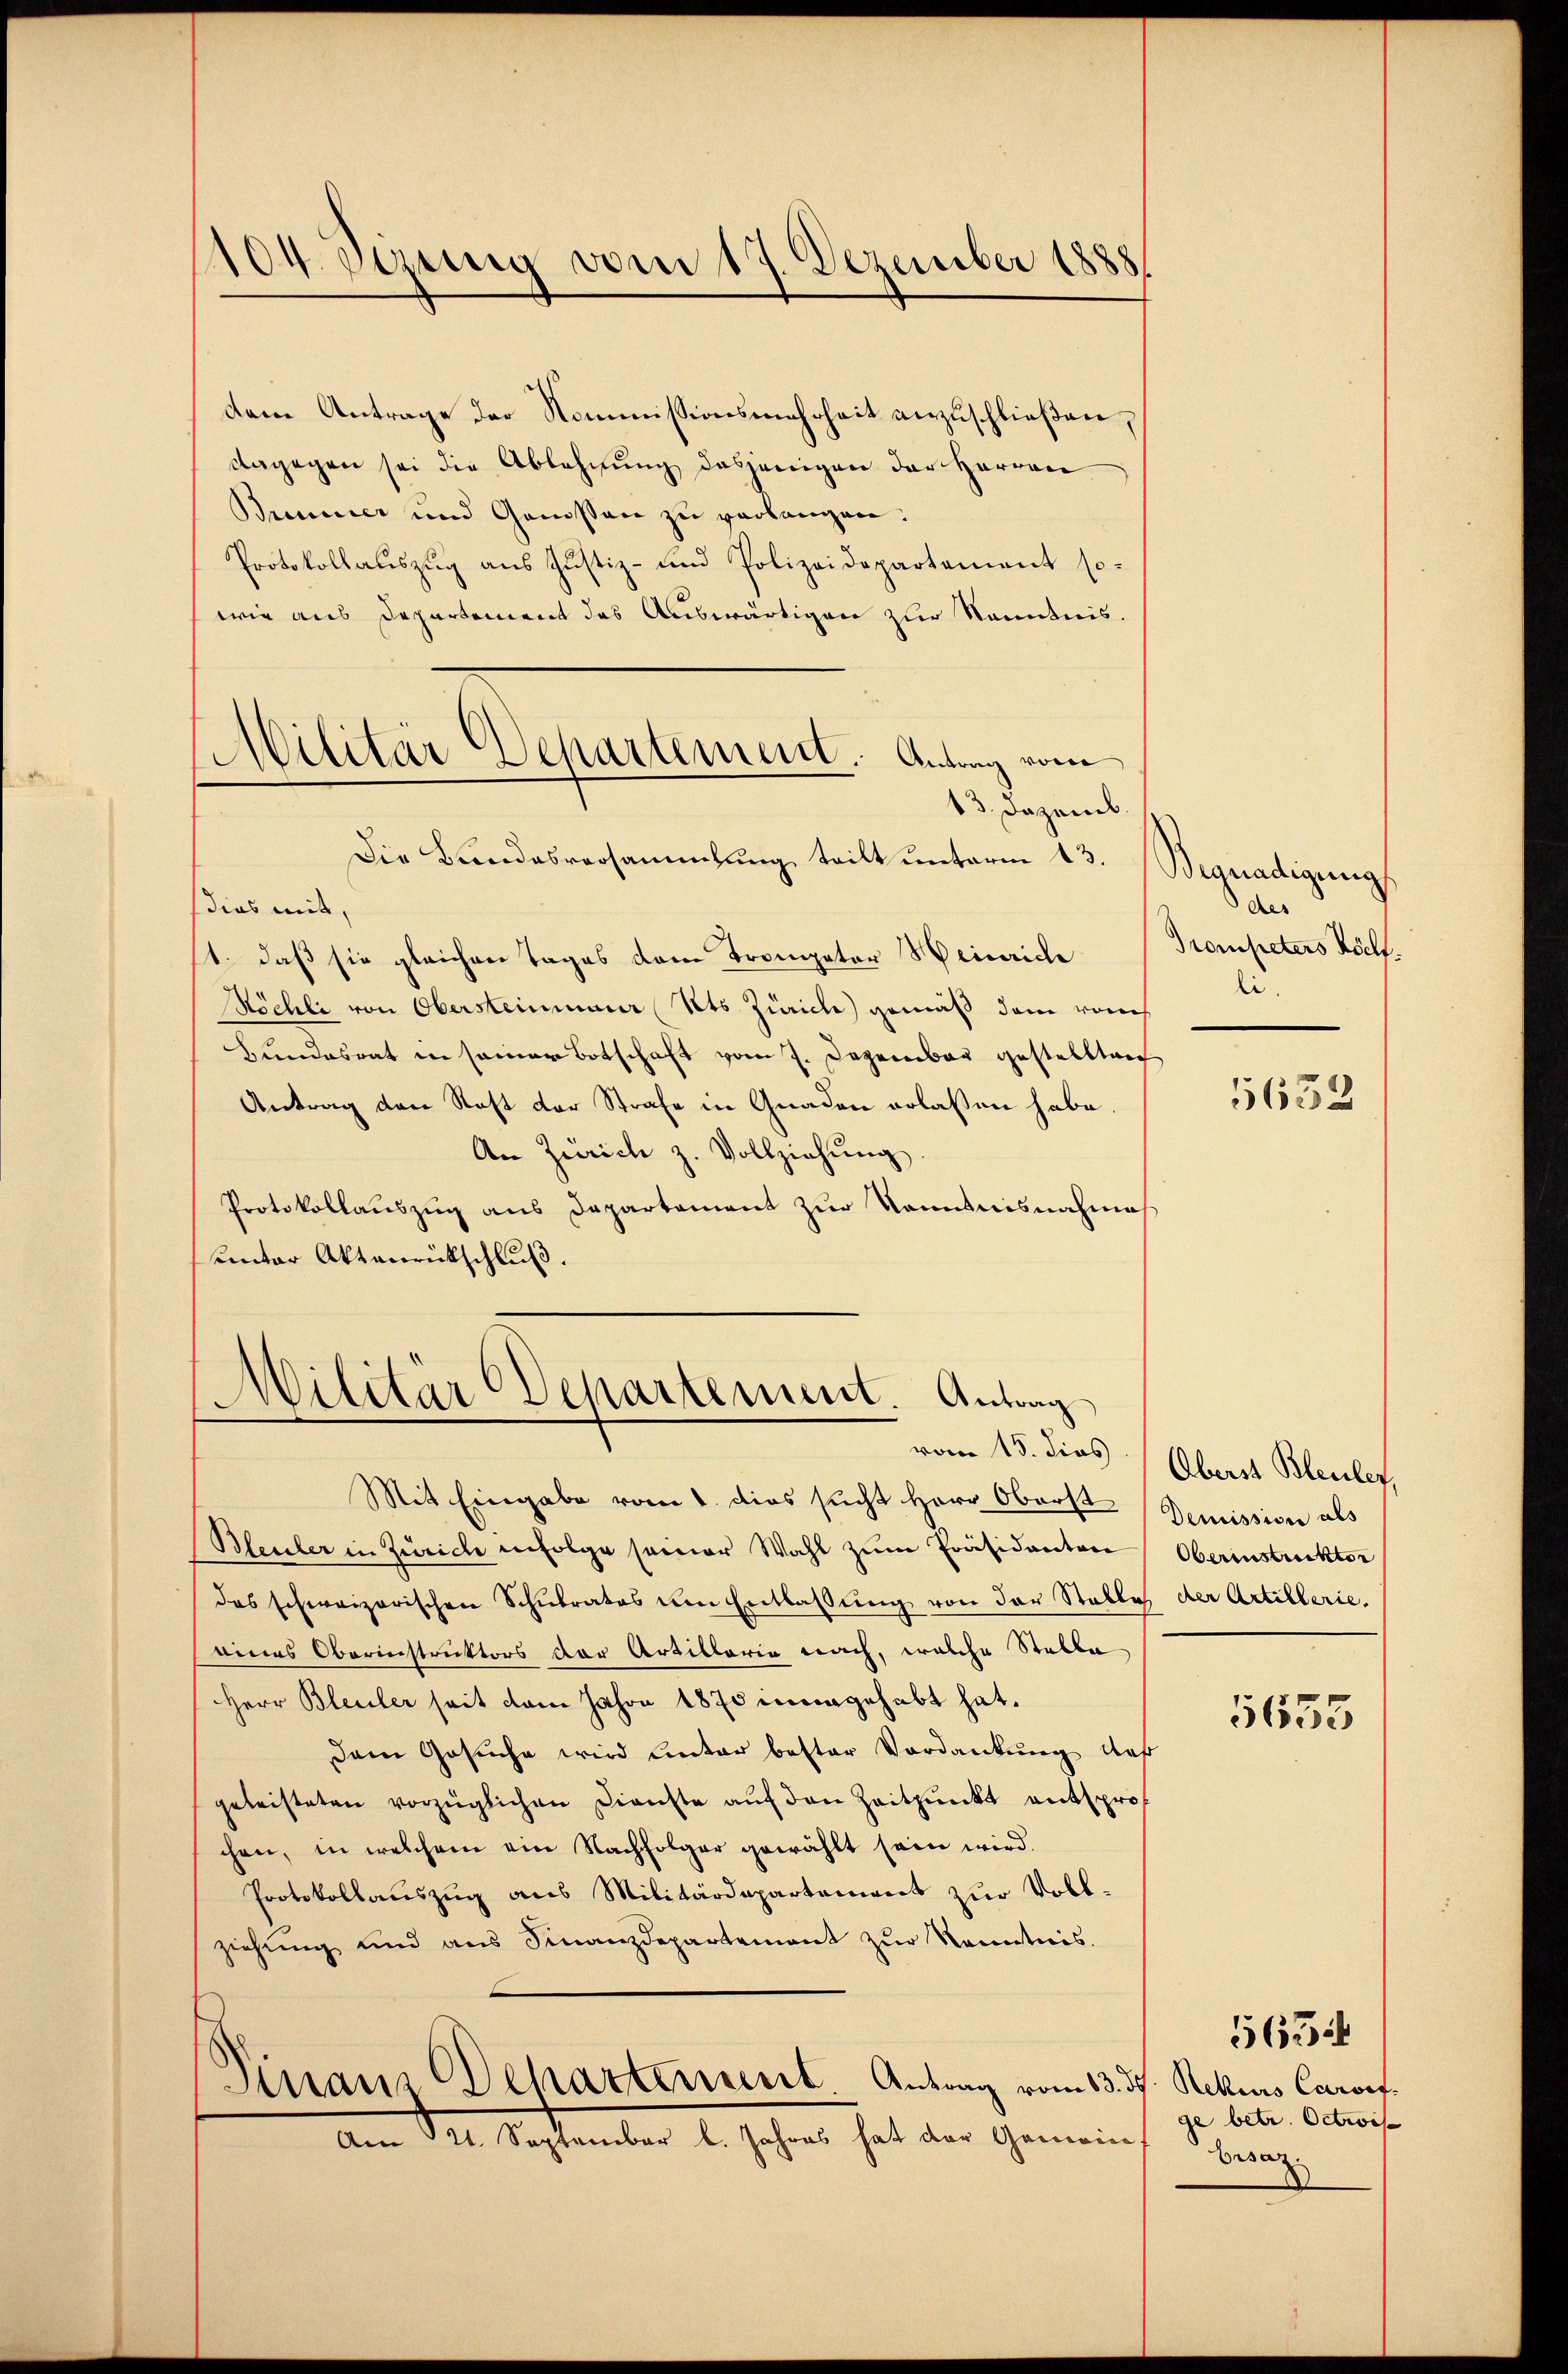
1104. Sizung vom 17. Dezember 1888.

dem Antrage der Kommissionsmehrheit anzuschließen,
dagegen sei die Ablehnung dasjenigen der Herren
Brenner und Genossen zu verlangen.
Protokollauszug aus Justiz- und Polizeidepartement so-
wie aus Departement des Auswärtigen zur Kenntnis.
13. Dezemb.
Die Bundesversammlung teilt ŭnterm 13. Begnadigung
dias mit,
st., daß sie gleichen Tages dem Trompeter Heinriche
Köchli von Obersteinmaur Kts. Zürich) gemäß dem ronch
Hundesrat in seiner Botschaft vom 7. Dezember gestellten
Antrag den Rast der Strafe in Gnaden erlassen habe.
An Zürich z. Vollziehŭng.
Protokollauszug aus Departement zur Nominisnahmes
unter Aktenrückschluß.

Militär Departement. Antrag vom

Militär Departement. Antrag
vom 15. dies

Mit Eingabe vom 1. dies sucht Herr Oberst Demission als
Bleuler in Zürich infolge seiner Wahl zŭm Präsidenten
des schweizerischen Schulrates um Entlassung von der Stablich der Artillerie.
eines Oberinstruktors der Artillaria nach, welche Stelle
Herr Bleuler seit dem Jahre 1875 inungehabt hat.
Dem Gesuche wird unter bester Verdankung, daß
geleisteten vorzüglichen Dienste auf den Zeitpunkt entspro
chen, in welchem ein Nachfolger gewählt sein wird.
Protokollauszug aus Militärdepartement zur Vollziehung und ans Finanzdepartement zŭr Kenntnis.
Sinair Departement Antrag vom 13. ds. Rekurs Caroef
Am 21. September l. Jahres hat der Gemeine

Aes
Trompeters Wölf.
A.
5632

Oberst Bleuler
Oberinstruckter
5653

ge betr. Octwis
besag

563